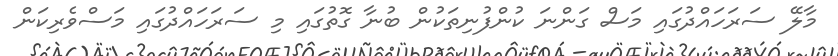
މާލޭ ސަރަހައްދުގައި މަސް ގަންނަ ކުންފުނިތަކުން ބުނާ ގޮތުގައި މި ސަރަހައްދުގައި މަސްވެރިކަން